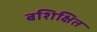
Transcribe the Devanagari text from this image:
बशिक्षित